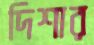
দিশার